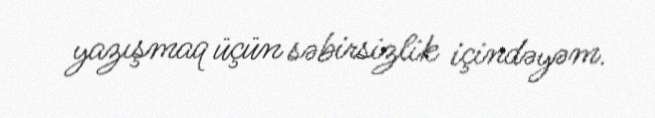
yazışmaq üçün səbirsizlik içindəyəm.